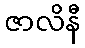
ဇာလိနီ